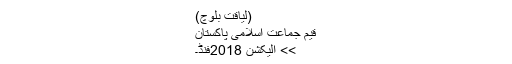
(لیاقت بلوچ)
قیم جماعت اسلامی پاکستان
>> الیکشن 2018فنڈ۔